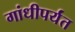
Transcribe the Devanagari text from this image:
गांधीपर्यंत